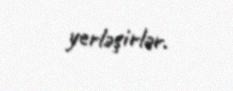
yerləşirlər.